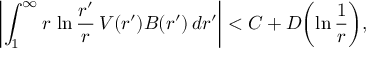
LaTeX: \left| \int _ { 1 } ^ { \infty } r \, \ln { \frac { r ^ { \prime } } { r } } \, V ( r ^ { \prime } ) B ( r ^ { \prime } ) \, d r ^ { \prime } \right| < C + D \biggl ( \ln { \frac { 1 } { r } } \biggr ) ,